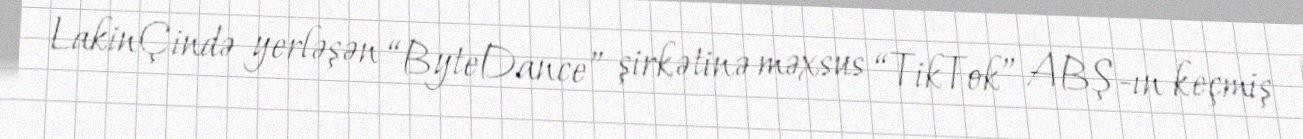
LakinÇində yerləşən “ByteDance” şirkətinə məxsus “TikTok” ABŞ-ın keçmiş